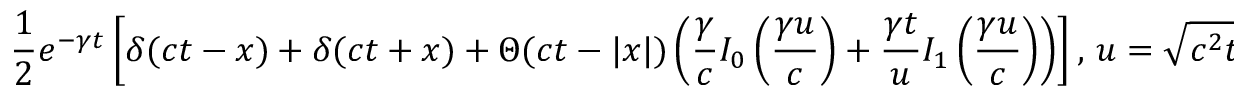
{ \frac { 1 } { 2 } } e ^ { - \gamma t } \left[ \delta ( c t - x ) + \delta ( c t + x ) + \Theta ( c t - | x | ) \left( { \frac { \gamma } { c } } I _ { 0 } \left( { \frac { \gamma u } { c } } \right) + { \frac { \gamma t } { u } } I _ { 1 } \left( { \frac { \gamma u } { c } } \right) \right) \right] , \, u = { \sqrt { c ^ { 2 } t ^ { 2 } - x ^ { 2 } } }